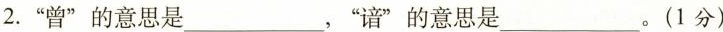
2.”曾”的意思是___，””的意思是___。(1分)